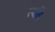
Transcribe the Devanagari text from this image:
स्‍थति